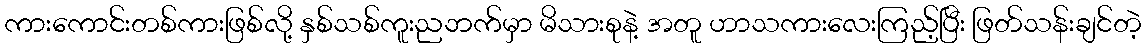
ကားကောင်းတစ်ကားဖြစ်လို့ နှစ်သစ်ကူးညဘက်မှာ မိသားစုနဲ့ အတူ ဟာသကားလေးကြည့်ပြီး ဖြတ်သန်းချင်တဲ့